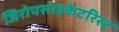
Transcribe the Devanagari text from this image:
जिरोपसाइकेटरिस्ट